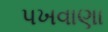
પખવાણા